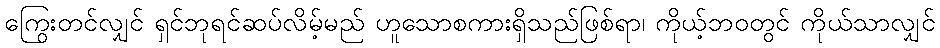
ကြွေးတင်လျှင် ရှင်ဘုရင်ဆပ်လိမ့်မည် ဟူသောစကားရှိသည်ဖြစ်ရာ၊ ကိုယ့်ဘဝတွင် ကိုယ်သာလျှင်